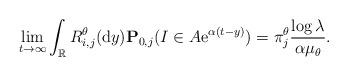
LaTeX: \begin{align*}\lim_{t\to\infty}\int_{\mathbb{R}}R^{\theta}_{i,j}({\rm d}y)\mathbf{P}_{0,j}(I \in A{\rm e}^{\alpha(t-y)}) = \pi^\theta_j\frac{\log \lambda}{\alpha\mu_\theta}.\end{align*}